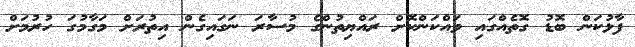
ފާޅުކަން ބޮޑު ގޮތެއްގައި ވައްކަންކޮށް ރައްޔިތުންގެ މުސާރަ ނަގައިގެން އިތުރަށް މަގާމުގަ ހުރުމަށް